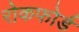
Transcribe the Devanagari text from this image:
रोकफोर्ड